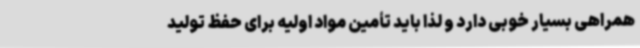
همراهی بسیار خوبی دارد و لذا باید تأمین مواد اولیه برای حفظ تولید